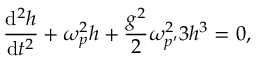
{ \frac { \mathrm { d } ^ { 2 } h } { \mathrm { d } t ^ { 2 } } } + \omega _ { p } ^ { 2 } h + { \frac { g ^ { 2 } } { 2 } } \omega _ { p ^ { \prime } } ^ { 2 } 3 h ^ { 3 } = 0 ,